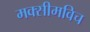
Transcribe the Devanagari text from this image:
मक्सीमविच